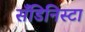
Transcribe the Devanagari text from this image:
सँडिनिस्टा